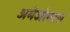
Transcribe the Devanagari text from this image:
अमेजोनास